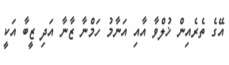
އޭގެ ތެރެއިން ޚުލްވާ އާއި އަނާމު ހަމްނާ ޒާނާ އަދި ޒީބާ އަކީ